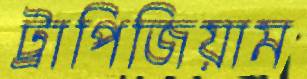
ট্রাপিজিয়াম